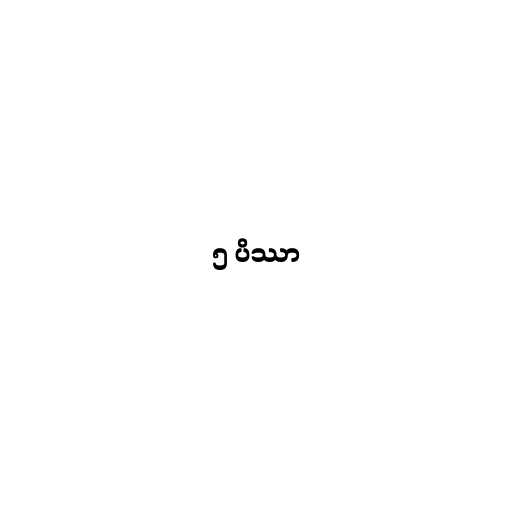
၅ ပိဿာ